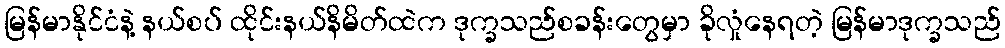
မြန်မာနိုင်ငံနဲ့ နယ်စပ် ထိုင်းနယ်နိမိတ်ထဲက ဒုက္ခသည်စခန်းတွေမှာ ခိုလှုံနေရတဲ့ မြန်မာဒုက္ခသည်